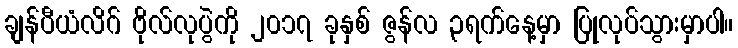
ချန်ပီယံလိဂ် ဗိုလ်လုပွဲကို ၂၀၁၇ ခုနှစ် ဇွန်လ ၃ရက်နေ့မှာ ပြုလုပ်သွားမှာပါ။